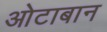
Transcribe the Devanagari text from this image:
ओटाबान